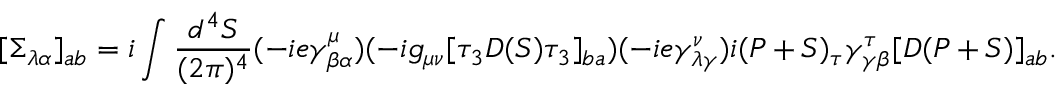
[ \Sigma _ { \lambda \alpha } ] _ { a b } = i \int \frac { d ^ { 4 } S } { ( 2 \pi ) ^ { 4 } } ( - i e \gamma _ { \beta \alpha } ^ { \mu } ) ( - i g _ { \mu \nu } [ \tau _ { 3 } D ( S ) \tau _ { 3 } ] _ { b a } ) ( - i e \gamma _ { \lambda \gamma } ^ { \nu } ) i ( P + S ) _ { \tau } \gamma _ { \gamma \beta } ^ { \tau } [ D ( P + S ) ] _ { a b } .